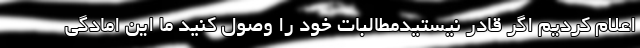
اعلام کردیم اگر قادر نیستیدمطالبات خود را وصول کنید ما این امادگی